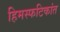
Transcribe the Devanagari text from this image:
हिमस्फटिकांत